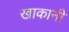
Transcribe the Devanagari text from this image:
खाकानी